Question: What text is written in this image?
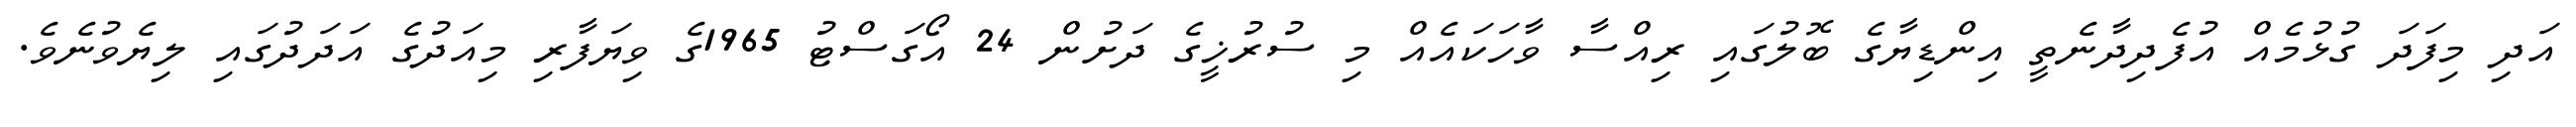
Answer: އަދި މިފަދަ ގުޅުމެއް އުފެދިދާނެތީ އިންޑިޔާގެ ބޮލުގައި ރިއްސާ ވާހަކައެއް މި ސުރުޚީގެ ދަށުން 24 އޯގަސްޓު 1965ގެ ވިޔަފާރި މިއަދުގެ އަދަދުގައި ލިޔެވުނެވެ.